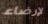
لإرضاء